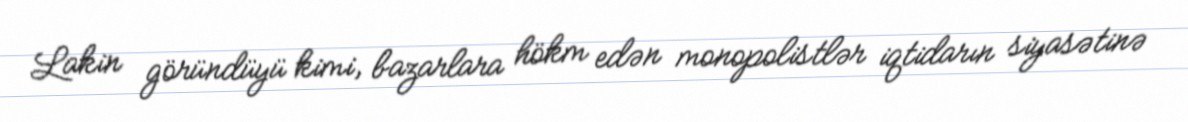
Lakin göründüyü kimi, bazarlara hökm edən monopolistlər iqtidarın siyasətinə